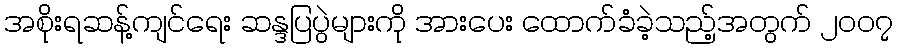
အစိုးရဆန့်ကျင်ရေး ဆန္ဒပြပွဲများကို အားပေး ထောက်ခံခဲ့သည့်အတွက် ၂၀၀၇